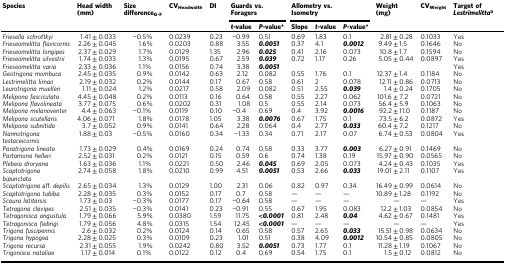
<table><thead><tr><td><b>Species</b></td><td><b>Head width (mm)</b></td><td><b>Size difference<sub>G-F</sub></b></td><td><b>CV<sub>Headwidth</sub></b></td><td><b>DI</b></td><td colspan="2"><b>Guards vs. Foragers</b></td><td colspan="3"><b>Allometry vs. Isometry</b></td><td><b>Weight (mg)</b></td><td><b>CV<sub>Weight</sub></b></td><td><b>Target of <i>Lestrimelitta</i><sup>a</sup></b></td></tr><tr><td></td><td></td><td></td><td></td><td></td><td><b><i>t</i>-value</b></td><td><b><i>P</i>-value*</b></td><td><b>Slope</b></td><td><b><i>t</i>-value</b></td><td><b><i>P</i>-value*</b></td><td></td><td></td><td></td></tr></thead><tbody><tr><td><i>Friesella schrottkyi</i></td><td>1.41 ± 0.033</td><td>−0.5%</td><td>0.0239</td><td>0.23</td><td>−0.99</td><td>0.51</td><td>0.69</td><td>1.83</td><td>0.1</td><td>2.81 ± 0.28</td><td>0.1033</td><td>Yes</td></tr><tr><td><i>Frieseomelitta flavicornis</i></td><td>2.26 ± 0.045</td><td>1.6%</td><td>0.0203</td><td>0.88</td><td>3.55</td><td><b><i>0.0051</i></b></td><td>0.37</td><td>4.1</td><td><b><i>0.0012</i></b></td><td>9.49 ± 1.5</td><td>0.1646</td><td>No</td></tr><tr><td><i>Frieseomelitta longipes</i></td><td>2.37 ± 0.029</td><td>1.7%</td><td>0.0129</td><td>1.35</td><td>2.96</td><td><b><i>0.025</i></b></td><td>0.41</td><td>2.16</td><td>0.073</td><td>10.8 ± 1.7</td><td>0.1594</td><td>No</td></tr><tr><td><i>Frieseomelitta silvestrii</i></td><td>1.74 ± 0.033</td><td>1.3%</td><td>0.0195</td><td>0.67</td><td>2.59</td><td><b><i>0.039</i></b></td><td>0.72</td><td>1.17</td><td>0.26</td><td>5.05 ± 0.44</td><td>0.0897</td><td>Yes</td></tr><tr><td><i>Frieseomelitta varia</i></td><td>2.33 ± 0.036</td><td>1.1%</td><td>0.0156</td><td>0.74</td><td>3.38</td><td><b><i>0.0051</i></b></td><td></td><td></td><td></td><td></td><td></td><td>Yes</td></tr><tr><td><i>Geotrigona mombuca</i></td><td>2.45 ± 0.035</td><td>0.9%</td><td>0.0142</td><td>0.63</td><td>2.12</td><td>0.082</td><td>0.55</td><td>1.76</td><td>0.1</td><td>12.37 ± 1.4</td><td>0.1184</td><td>No</td></tr><tr><td><i>Lestrimelitta limao</i></td><td>2.19 ± 0.032</td><td>0.2%</td><td>0.0144</td><td>0.17</td><td>0.67</td><td>0.58</td><td>0.61</td><td>2</td><td>0.078</td><td>12.11 ± 0.86</td><td>0.0713</td><td>No</td></tr><tr><td><i>Leurotrigona muelleri</i></td><td>1.11 ± 0.024</td><td>1.2%</td><td>0.0217</td><td>0.58</td><td>2.09</td><td>0.082</td><td>0.51</td><td>2.55</td><td><b><i>0.039</i></b></td><td>1.4 ± 0.24</td><td>0.1705</td><td>No</td></tr><tr><td><i>Melipona fasciculata</i></td><td>4.45 ± 0.048</td><td>0.2%</td><td>0.0113</td><td>0.16</td><td>0.64</td><td>0.58</td><td>0.55</td><td>2.27</td><td>0.062</td><td>101.6 ± 7.2</td><td>0.0721</td><td>No</td></tr><tr><td><i>Melipona flavolineata</i></td><td>3.77 ± 0.075</td><td>0.6%</td><td>0.0202</td><td>0.31</td><td>1.08</td><td>0.5</td><td>0.55</td><td>2.14</td><td>0.073</td><td>56.4 ± 5.9</td><td>0.1063</td><td>No</td></tr><tr><td><i>Melipona melanoventer</i></td><td>4.4 ± 0.063</td><td>−0.1%</td><td>0.0119</td><td>0.10</td><td>−0.4</td><td>0.69</td><td>0.4</td><td>3.92</td><td><b><i>0.0016</i></b></td><td>92.2 ± 11.0</td><td>0.1187</td><td>No</td></tr><tr><td><i>Melipona scutellaris</i></td><td>4.06 ± 0.071</td><td>1.8%</td><td>0.0178</td><td>1.05</td><td>3.38</td><td><b><i>0.0076</i></b></td><td>0.67</td><td>1.75</td><td>0.1</td><td>73.5 ± 6.2</td><td>0.0872</td><td>Yes</td></tr><tr><td><i>Melipona subnitida</i></td><td>3.7 ± 0.052</td><td>0.9%</td><td>0.0141</td><td>0.64</td><td>2.28</td><td>0.064</td><td>0.4</td><td>2.77</td><td><b><i>0.033</i></b></td><td>60.4 ± 7.2</td><td>0.1217</td><td>No</td></tr><tr><td><i>Nannotrigona testaceicornis</i></td><td>1.88 ± 0.03</td><td>−0.5%</td><td>0.0160</td><td>0.34</td><td>−1.33</td><td>0.34</td><td>0.71</td><td>2.17</td><td>0.07</td><td>6.74 ± 0.53</td><td>0.0804</td><td>Yes</td></tr><tr><td><i>Paratrigona lineata</i></td><td>1.73 ± 0.029</td><td>0.4%</td><td>0.0169</td><td>0.24</td><td>0.74</td><td>0.58</td><td>0.33</td><td>3.77</td><td><b><i>0.003</i></b></td><td>6.27 ± 0.91</td><td>0.1469</td><td>No</td></tr><tr><td><i>Partamona helleri</i></td><td>2.52 ± 0.031</td><td>0.2%</td><td>0.0121</td><td>0.15</td><td>0.59</td><td>0.6</td><td>0.74</td><td>1.38</td><td>0.19</td><td>15.97 ± 0.90</td><td>0.0565</td><td>No</td></tr><tr><td><i>Plebeia droryana</i></td><td>1.63 ± 0.036</td><td>1.1%</td><td>0.0221</td><td>0.50</td><td>2.46</td><td><b><i>0.045</i></b></td><td>0.69</td><td>2.05</td><td>0.073</td><td>4.24 ± 0.43</td><td>0.1035</td><td>Yes</td></tr><tr><td><i>Scaptotrigona bipunctata</i></td><td>2.74 ± 0.058</td><td>1.8%</td><td>0.0210</td><td>0.99</td><td>4.51</td><td><b><i>0.0051</i></b></td><td>0.53</td><td>2.66</td><td><b><i>0.033</i></b></td><td>19.01 ± 2.11</td><td>0.1107</td><td>Yes</td></tr><tr><td><i>Scaptotrigona</i> aff. <i>depilis</i></td><td>2.65 ± 0.034</td><td>1.3%</td><td>0.0129</td><td>1.00</td><td>2.31</td><td>0.06</td><td>0.82</td><td>0.97</td><td>0.34</td><td>16.49 ± 0.99</td><td>0.0614</td><td>No</td></tr><tr><td><i>Scaptotrigona tubiba</i></td><td>2.28 ± 0.035</td><td>0.3%</td><td>0.0152</td><td>0.17</td><td>0.7</td><td>0.58</td><td>—</td><td>—</td><td>—</td><td>10.89 ± 1.28</td><td>0.1192</td><td>No</td></tr><tr><td><i>Scaura latitarsis</i></td><td>1.73 ± 0.03</td><td>−0.3%</td><td>0.0177</td><td>0.17</td><td>−0.64</td><td>0.58</td><td>—</td><td>—</td><td>—</td><td>—</td><td>—</td><td>Yes</td></tr><tr><td><i>Tetragona clavipes</i></td><td>2.51 ± 0.035</td><td>−0.3%</td><td>0.0141</td><td>0.23</td><td>−0.91</td><td>0.55</td><td>0.67</td><td>1.95</td><td>0.083</td><td>12.2 ± 1.03</td><td>0.0854</td><td>No</td></tr><tr><td><i>Tetragonisca angustula</i></td><td>1.79 ± 0.066</td><td>5.9%</td><td>0.0380</td><td>1.59</td><td>11.75</td><td><b><i>&lt;0.0001</i></b></td><td>0.81</td><td>2.48</td><td><b><i>0.04</i></b></td><td>4.62 ± 0.67</td><td>0.1481</td><td>Yes</td></tr><tr><td><i>Tetragonisca fiebrigi</i></td><td>1.79 ± 0.056</td><td>4.8%</td><td>0.0315</td><td>1.54</td><td>12.45</td><td><b><i>&lt;0.0001</i></b></td><td>—</td><td>—</td><td>—</td><td>—</td><td>—</td><td>Yes</td></tr><tr><td><i>Trigona fuscipennis</i></td><td>2.6 ± 0.032</td><td>0.2%</td><td>0.0124</td><td>0.14</td><td>0.65</td><td>0.58</td><td>0.57</td><td>2.65</td><td><b><i>0.033</i></b></td><td>15.51 ± 0.98</td><td>0.0634</td><td>No</td></tr><tr><td><i>Trigona hypogea</i></td><td>2.28 ± 0.025</td><td>0.3%</td><td>0.0109</td><td>0.23</td><td>1.01</td><td>0.51</td><td>0.38</td><td>4.09</td><td><b><i>0.0012</i></b></td><td>10.54 ± 0.85</td><td>0.0805</td><td>No</td></tr><tr><td><i>Trigona recursa</i></td><td>2.31 ± 0.055</td><td>1.9%</td><td>0.0242</td><td>0.80</td><td>3.52</td><td><b><i>0.0051</i></b></td><td>0.73</td><td>1.77</td><td>0.1</td><td>11.28 ± 1.19</td><td>0.1067</td><td>No</td></tr><tr><td><i>Trigonisca nataliae</i></td><td>1.17 ± 0.014</td><td>0.1%</td><td>0.0122</td><td>0.12</td><td>0.4</td><td>0.69</td><td>0.54</td><td>1.75</td><td>0.1</td><td>1.5 ± 0.12</td><td>0.0812</td><td>No</td></tr></tbody></table>